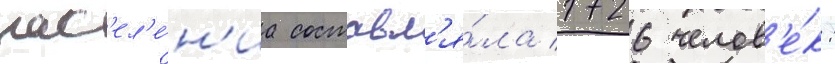
нас'ел'е́н'иа составл'я́ла 1726 челов'е́к: